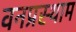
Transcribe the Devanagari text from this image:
वनप्रस्थाम